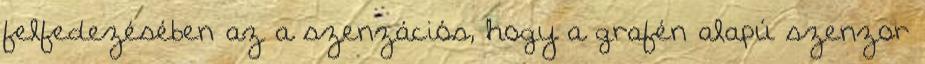
felfedezésében az a szenzációs, hogy a grafén alapú szenzor